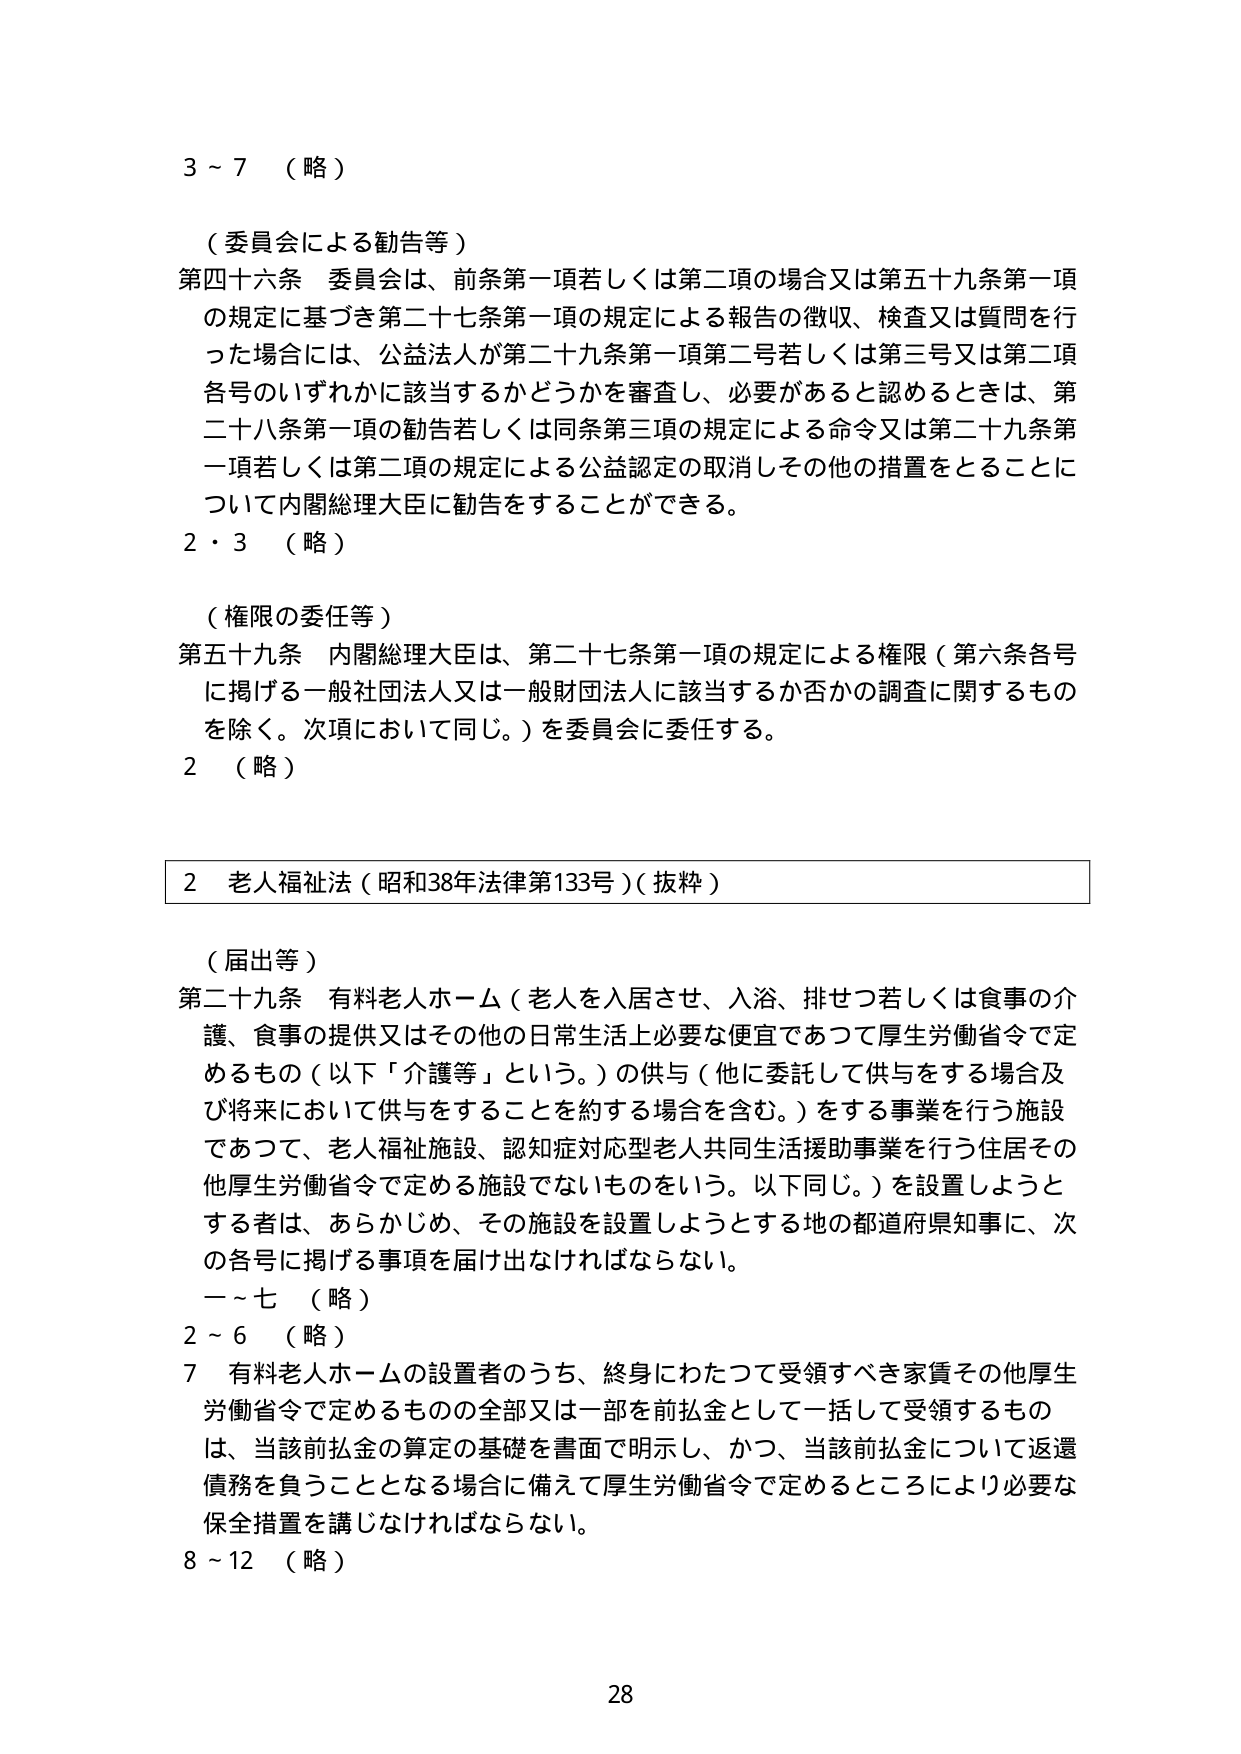
3～7 （略）

（委員会による勧告等）
第四十六条 委員会は、前条第一項若しくは第二項の場合又は第五十九条第一項の規定に基づき第二十七条第一項の規定による報告の徴収、検査又は質問を行った場合には、公益法人が第二十九条第一項第二号若しくは第三号又は第二項各号のいずれかに該当するかどうかを審査し、必要があると認めるときは、第二十八条第一項の勧告若しくは同条第三項の規定による命令又は第二十九条第一項若しくは第二項の規定による公益認定の取消しその他の措置をとることについて内閣総理大臣に勧告をすることができる。

2・3 （略）

（権限の委任等）
第五十九条 内閣総理大臣は、第二十七条第一項の規定による権限（第六条各号に掲げる一般社団法人又は一般財団法人に該当するか否かの調査に関するものを除く。次項において同じ。）を委員会に委任する。

2 （略）

2 老人福祉法（昭和38年法律第133号）（抜粋）

（届出等）
第二十九条 有料老人ホーム（老人を入居させ、入浴、排せつ若しくは食事の介護、食事の提供又はその他の日常生活上必要な便宜であつて厚生労働省令で定めるもの（以下「介護等」という。）の供与（他に委託して供与をする場合及び将来において供与をすることを約する場合を含む。）をする事業を行う施設であつて、老人福祉施設、認知症対応型老人共同生活援助事業を行う住居その他厚生労働省令で定める施設でないものをいう。以下同じ。）を設置しようとする者は、あらかじめ、その施設を設置しようとする地の都道府県知事に、次の各号に掲げる事項を届け出なければならない。

一～七 （略）
2～6 （略）
7 有料老人ホームの設置者のうち、終身にわたつて受領すべき家賃その他厚生労働省令で定めるものの全部又は一部を前払金として一括して受領するものは、当該前払金の算定の基礎を書面で明示し、かつ、当該前払金について返還債務を負うこととなる場合に備えて厚生労働省令で定めるところにより必要な保全措置を講じなければならない。

8～12 （略）

28